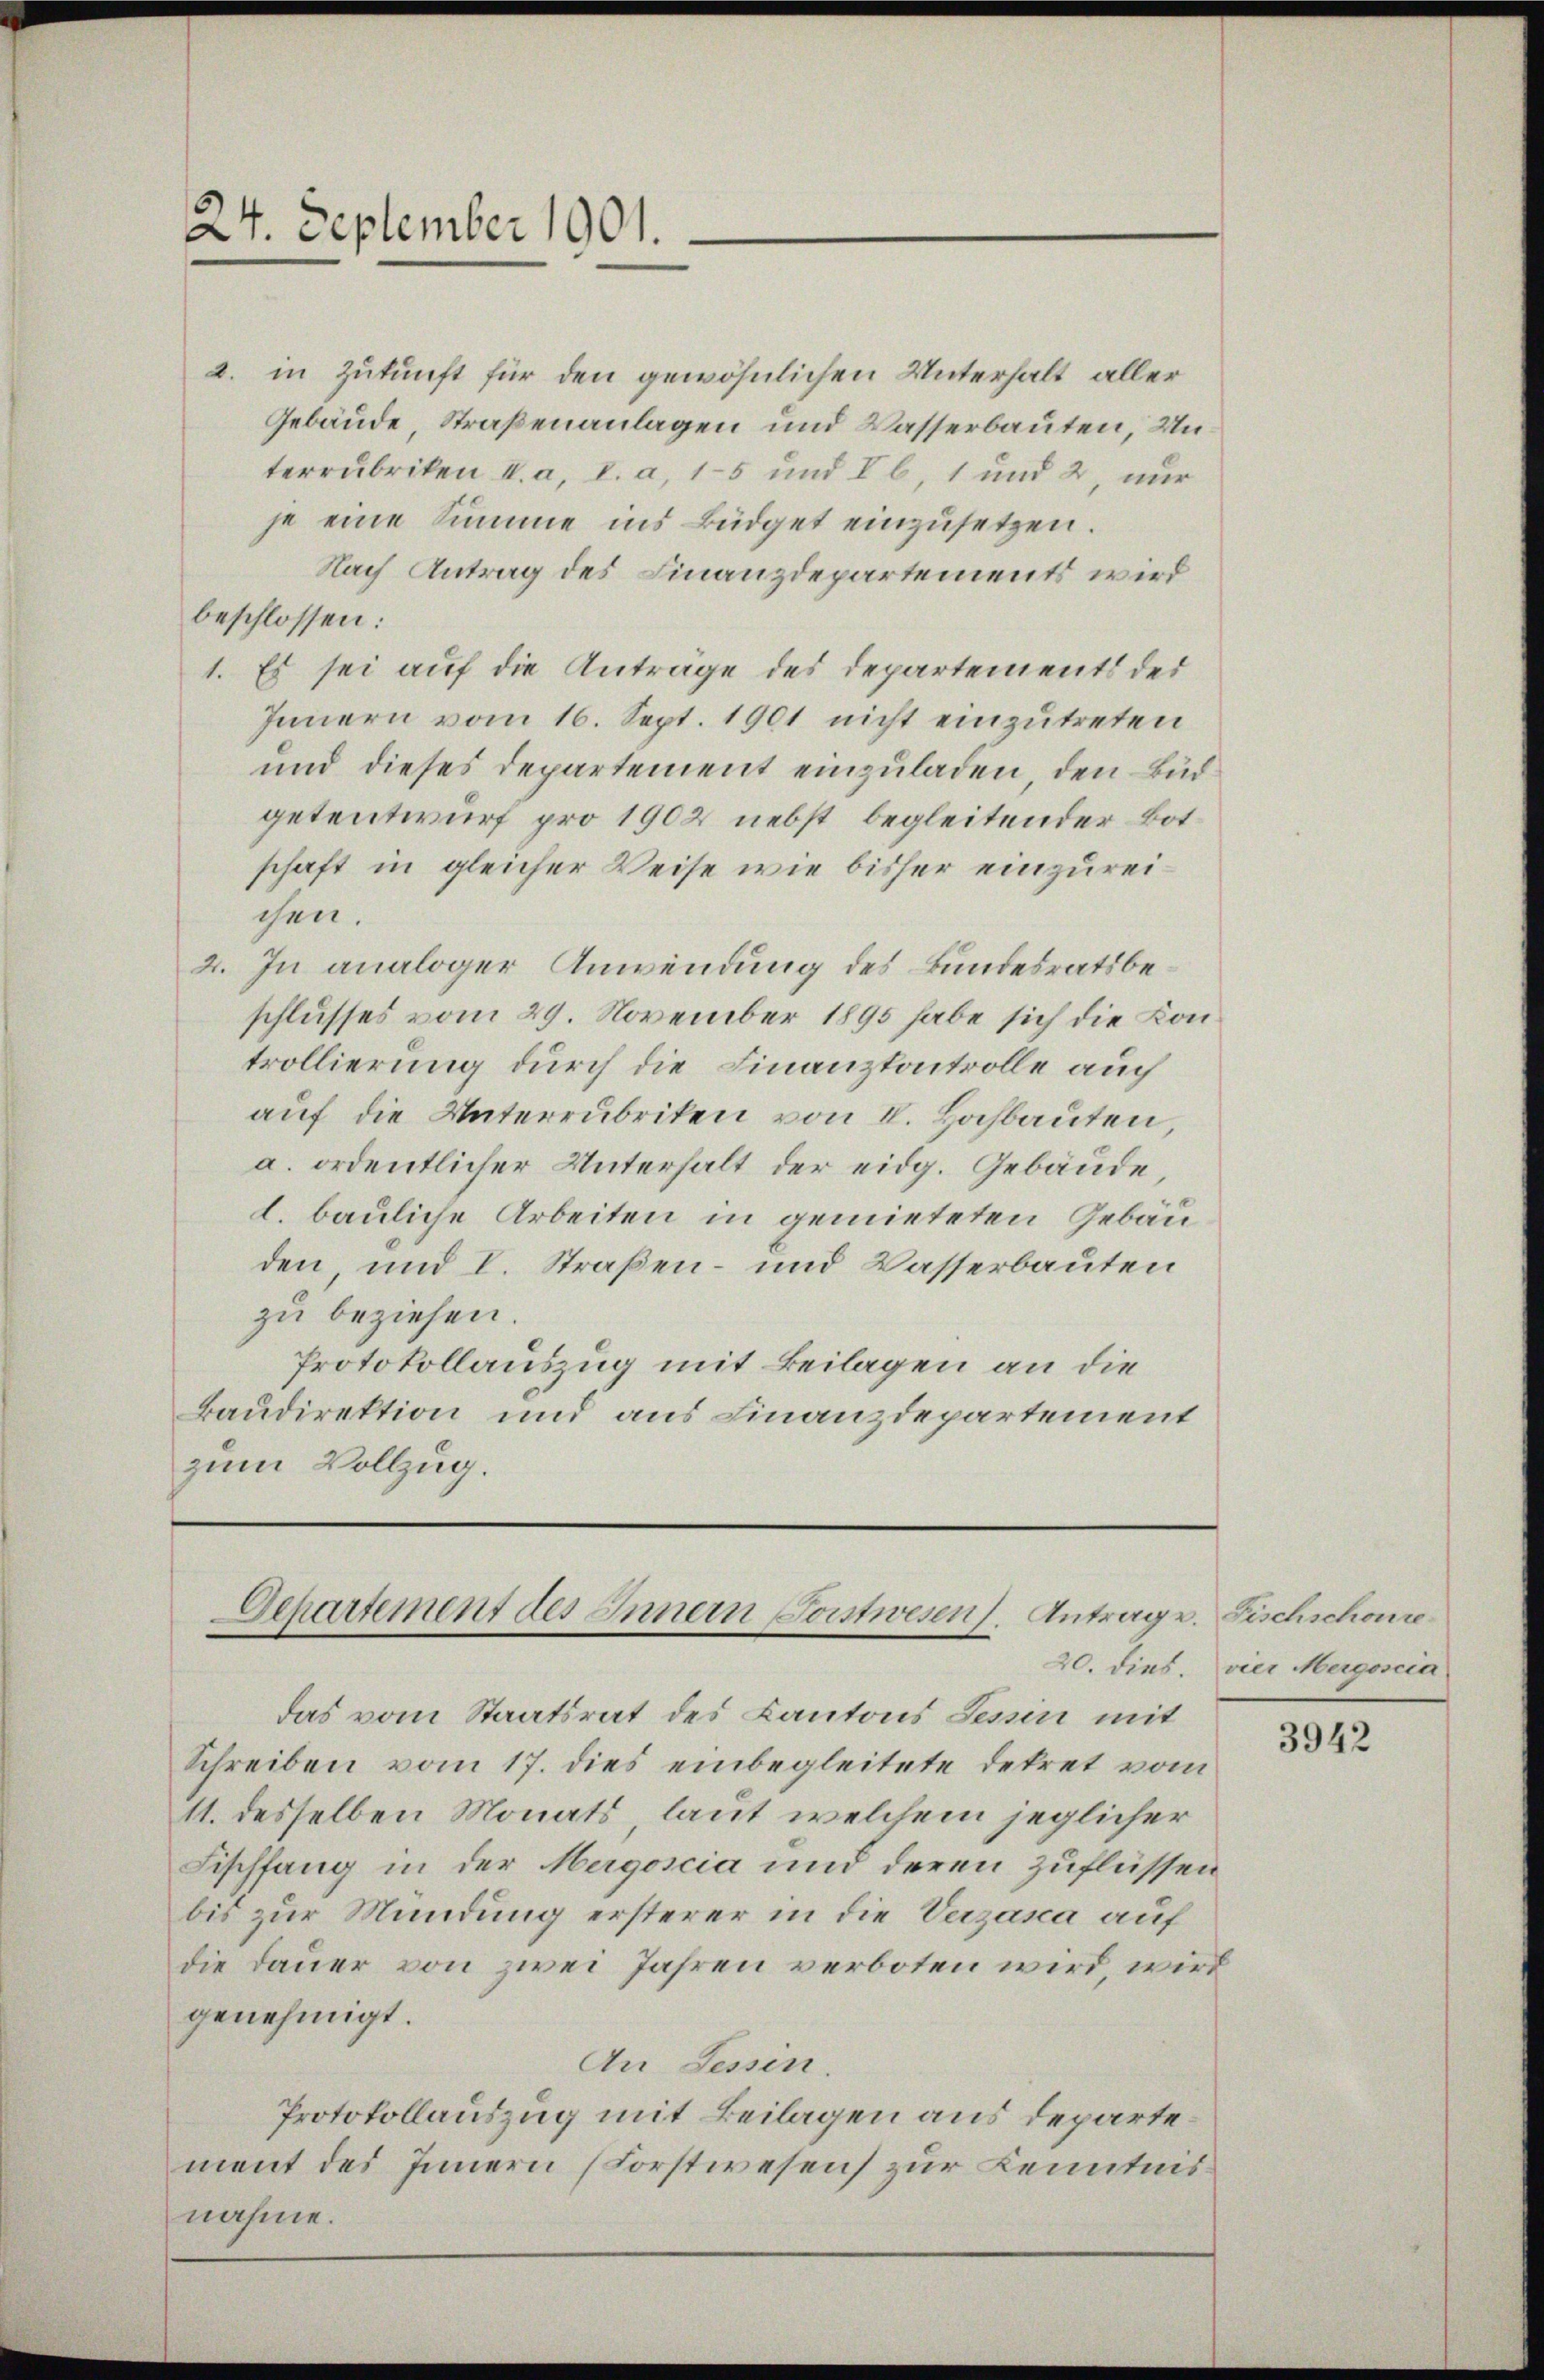
24. September 1901.

2. in Zukunft für den gewöhnlichen Unterhalt aller
Gebäude, Straßenanlagen und Wasserbauten, Unterrubriken II. a, I. a, 15 und I l, 1 und 2, nur
je eine Summe ins Büdget einzusetzen.
Nach Antrag des Finanzdepartements wird
beschlossen:
1. Es sei auf die Antrage des Departements des
Innern vom 16. Sept. 1901 nicht einzutreten
und dieses Departement einzuladen, den Büdgetentwurf pro 1902 nebst begleitender Botschaft in gleicher Weise wie bisher einzureichen.
2. In analoger Anwendung des Bundesratsbeschlusses vom 29. November 1895 habe sich die Kontrollierung durch die Finanzkontrolle auch
aŭf die Unterrubriken von I. Hochbauten,
a. ordentlicher Unterhalt der eidg. Gebäude,
d. bauliche Arbeiten in gemieteten Gebäuden, und I. Straßen- und Wasserbauten
zu beziehen.
Protokollauszug mit Beilagen an die
Baudirektion und aus Finanzdepartement
zum Vollzug.

Departement des Innern Sonstwesen. Antrage. Fischschonze
das vom Staatsrat des Kantons Tessin mit

Schreiben vom 17. dies einbegleitete Dekret vom
11. desselben Monats, laut welchem jeglicher
Fischfang in der Mergoscia und deren zuflüssen
bis zur Mündung ersterer in die Verzasca auf
die Dauer von zwei Jahren verboten wird, wird
genehmigt.
An Tessin.
Protokollauszug mit Beilagen aus departement des Innern (Forstwesen zur Kenntnisnahme.

20. dies. vier Mergoscia

3942